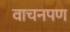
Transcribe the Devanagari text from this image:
वाचनपण